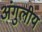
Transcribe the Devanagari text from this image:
अंगुलीय